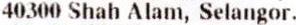
40300 SHAH ALAM, SELANGOR.